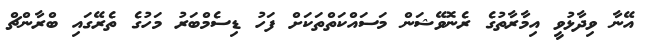
އޭނާ ވިދާޅުވީ އިމާރާތުގެ ރެނޮވޭޝަން މަސައްކަތްތަކަށް ފަހު ޑިސެމްބަރު މަހުގެ ތެރޭގައި ބްރާންޗް